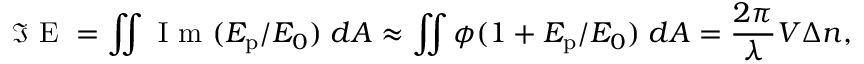
\Im \mathrm { ~ E ~ } = \iint \mathrm { ~ I ~ m ~ } ( E _ { \mathrm { p } } / E _ { 0 } ) \; d A \approx \iint \phi ( 1 + E _ { \mathrm { p } } / E _ { 0 } ) \; d A = \frac { 2 \pi } { \lambda } V \Delta n ,